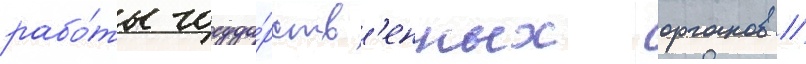
рабо́ты госуда́рств'енных органов //